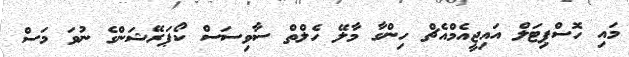
މައި ހޮސްޕިޓަލް އައިޖީއެމްއެޗް ހިންގާ މާލޭ ހެލްތް ސާވިސަސް ކޯޕަރޭޝަންގެ ނުވަ މަސް